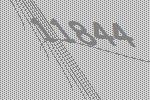
11844